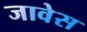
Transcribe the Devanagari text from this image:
जावेस